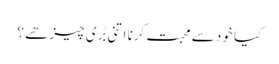
کیا خود سے محبت کرنا اتنی بُری چیز ھے ؟